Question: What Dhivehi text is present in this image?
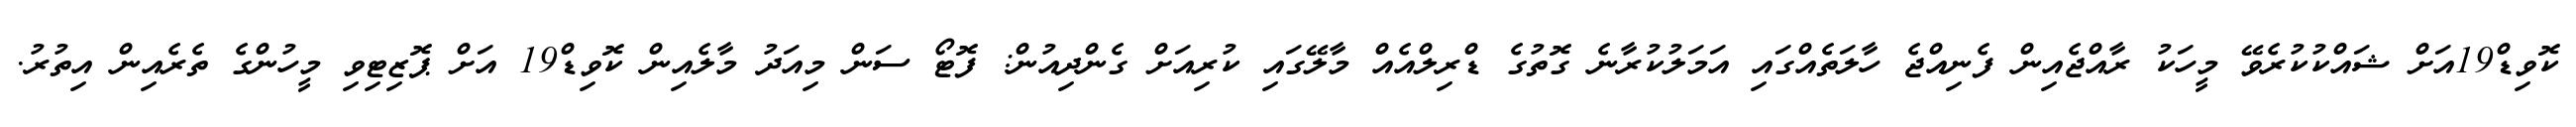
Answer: ކޮވިޑް19އަށް ޝައްކުކުރެވޭ މީހަކު ރާއްޖެއިން ފެނިއްޖެ ހާލަތެއްގައި އަމަލުކުރާނެ ގޮތުގެ ޑްރިލްއެއް މާލޭގައި ކުރިއަށް ގެންދިއުން: ފޮޓޯ ސަން މިއަދު މާލެއިން ކޮވިޑް19 އަށް ޕޮޒިޓިވި މީހުންގެ ތެރެއިން އިތުރު.